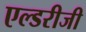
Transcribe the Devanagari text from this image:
एल्डरीजी